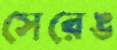
সেরেঙ